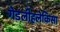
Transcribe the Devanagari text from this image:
गेडलीहलेकिसा